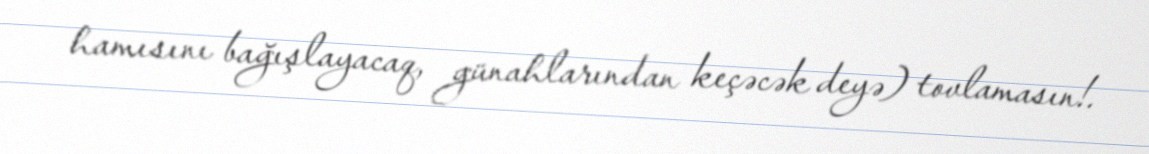
hamısını bağışlayacaq, günahlarından keçəcək deyə) tovlamasın!.